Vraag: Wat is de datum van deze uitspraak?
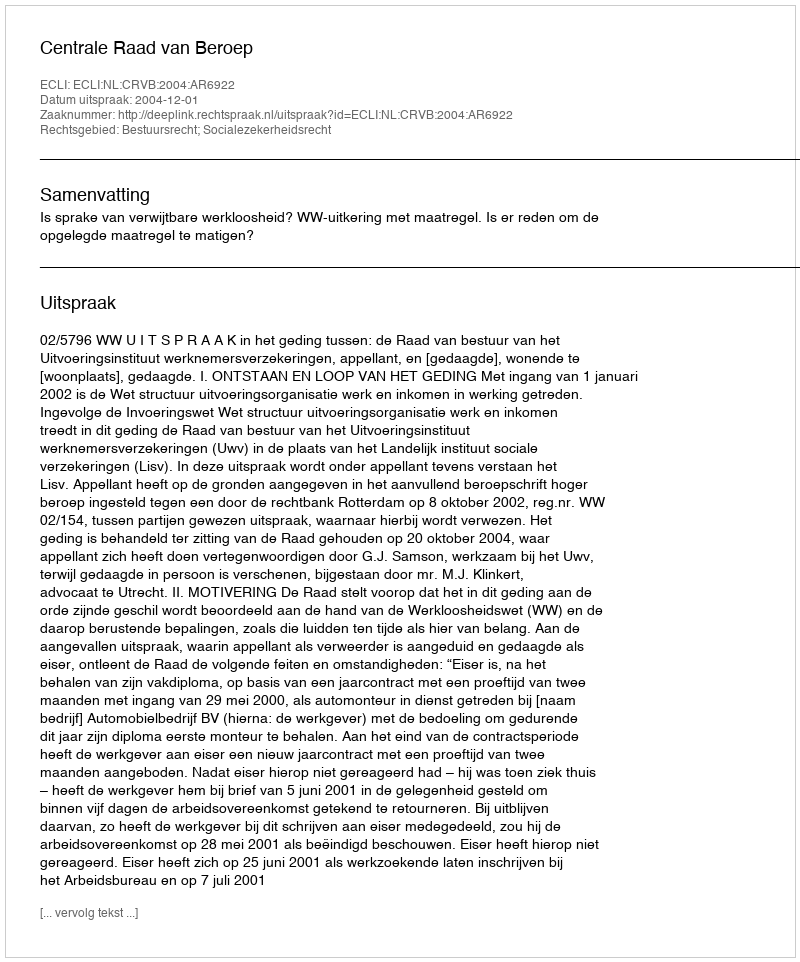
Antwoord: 2004-12-01